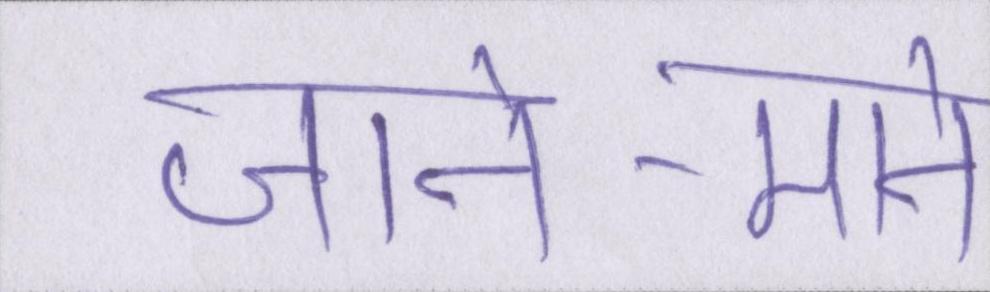
जाने-माने